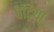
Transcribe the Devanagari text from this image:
पेट्रिया